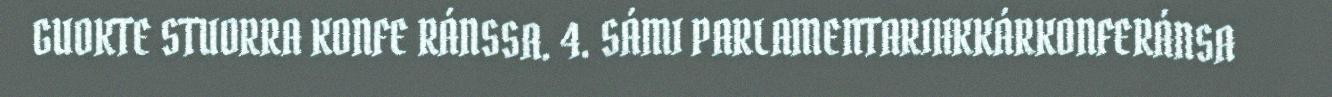
GUOKTE STUORRA KONFE RÁNSSA. 4. SÁMI PARLAMENTARIHKKÁRKONFERÁNSA